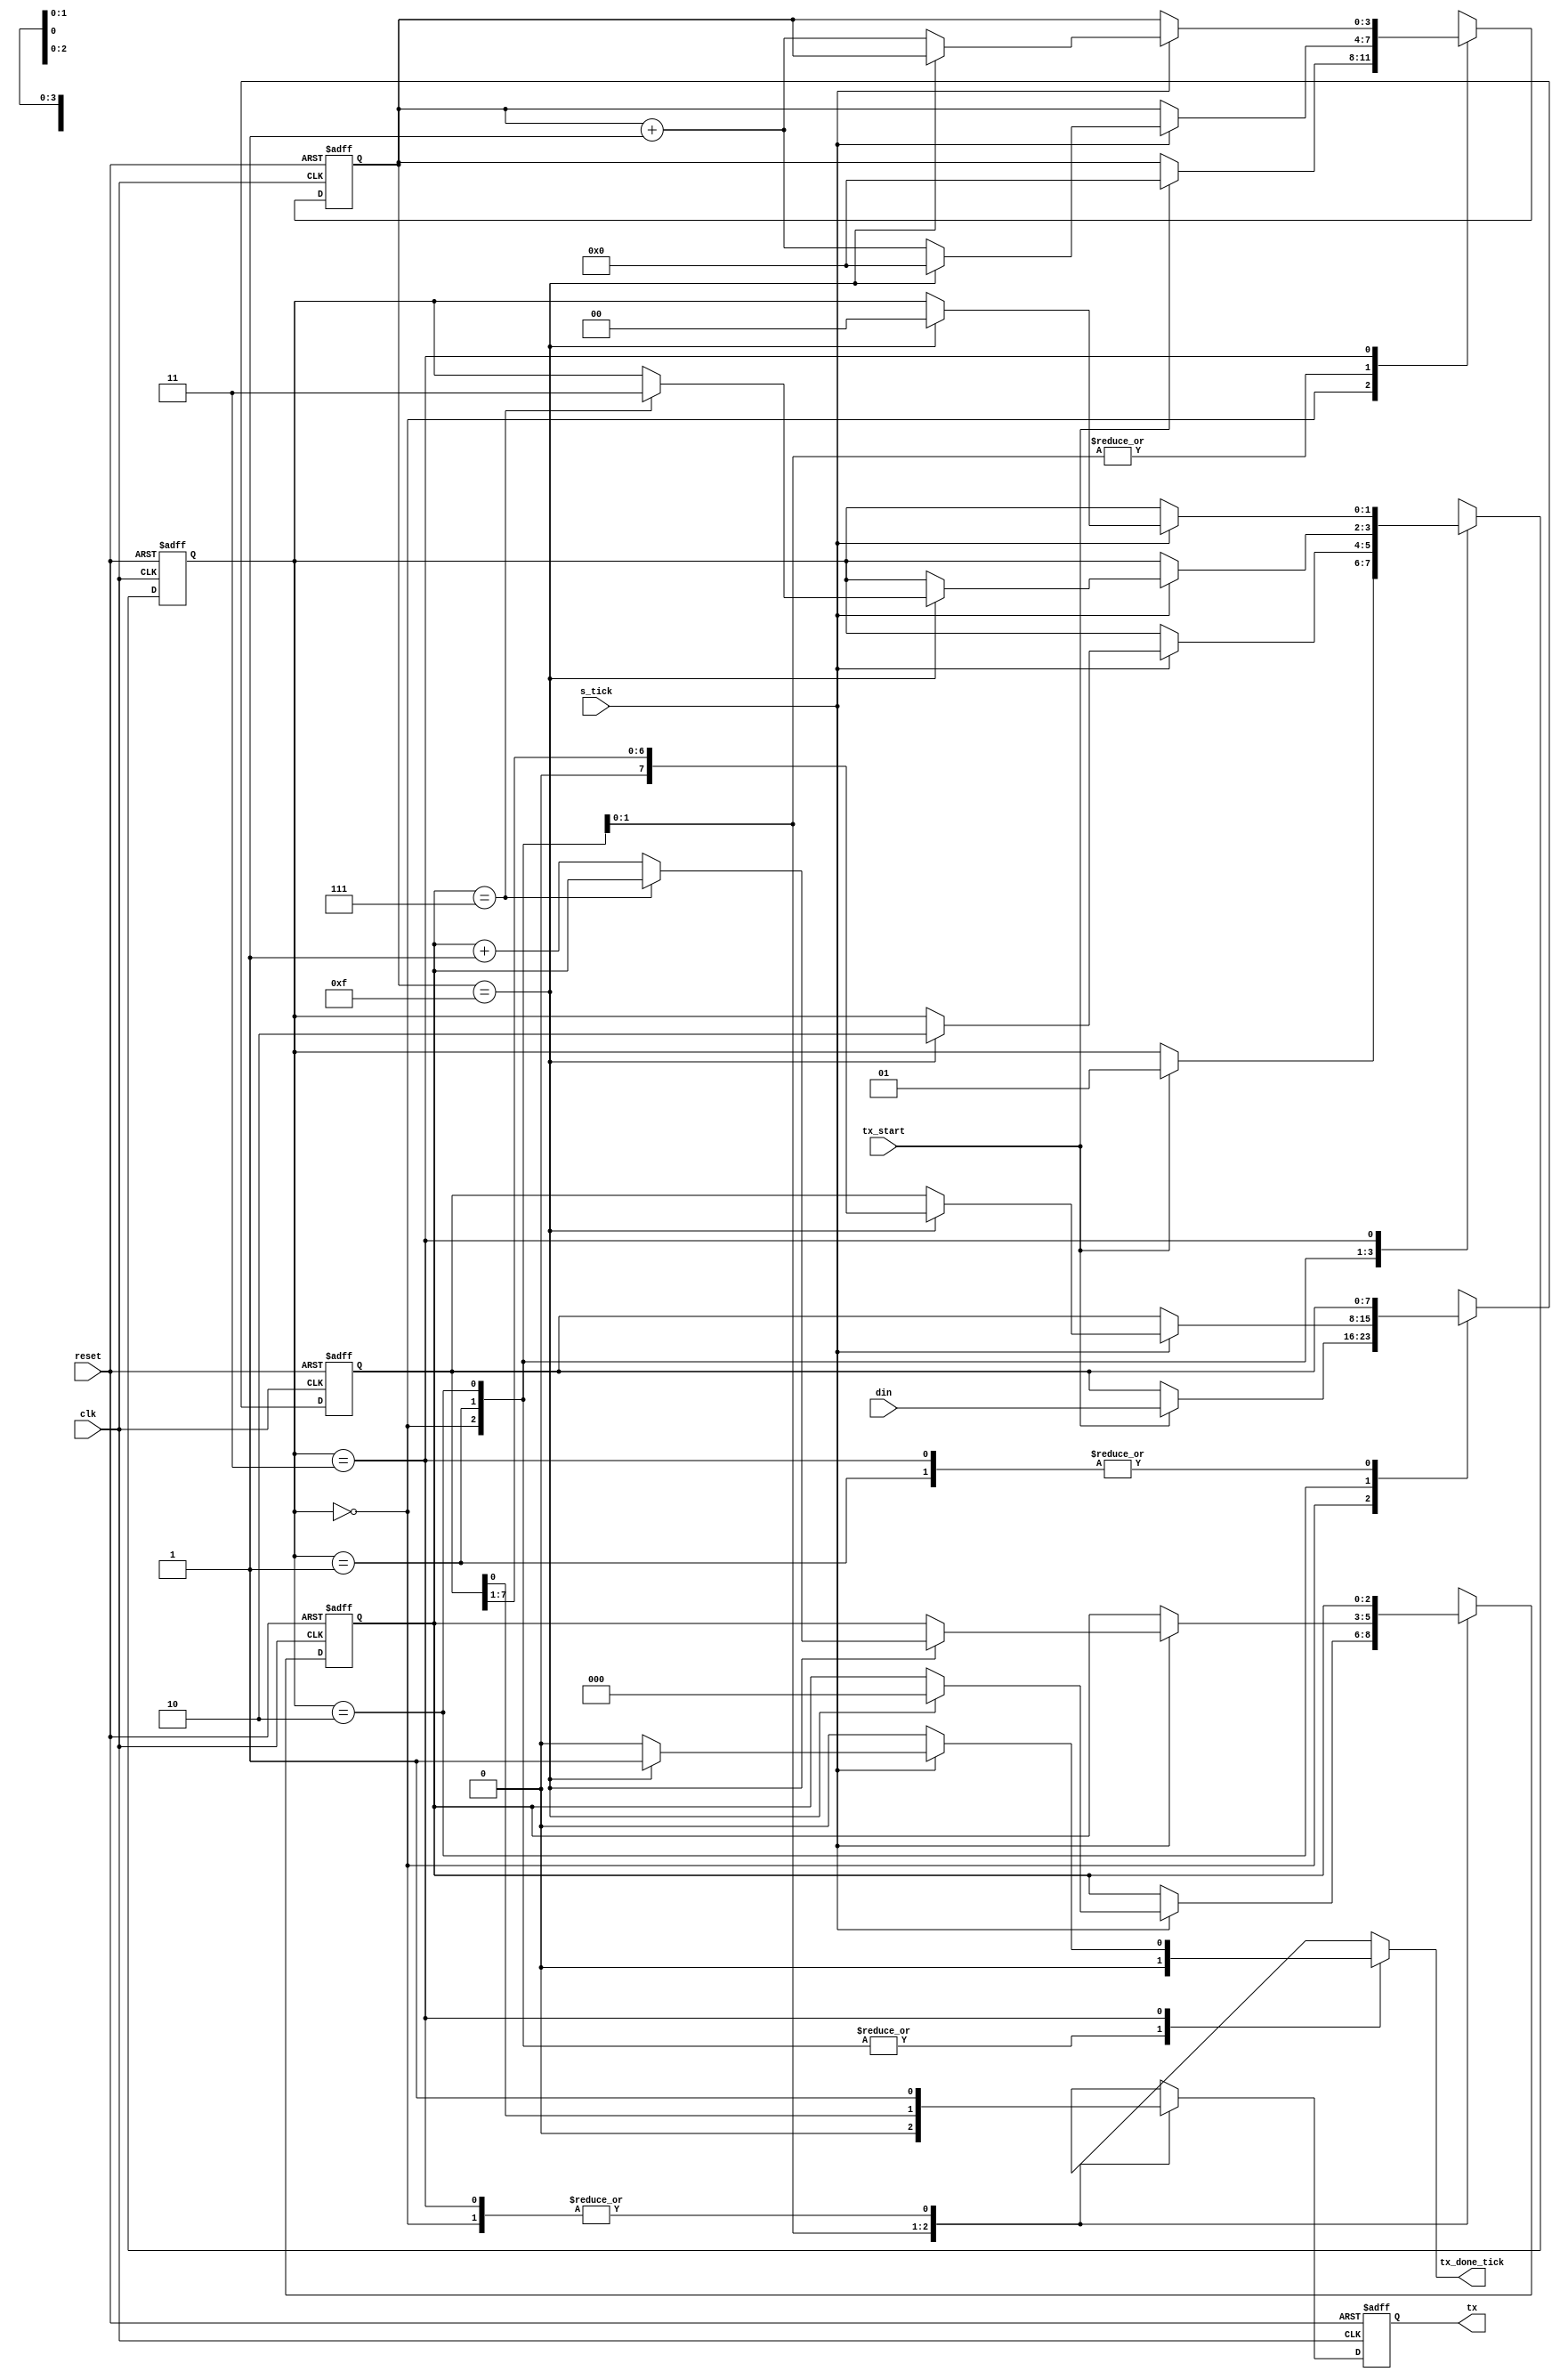
//---------------------------------------------------------------------------
// SharkBoad ExampleModule
// Josnelihurt Rodriguez - Fredy Segura Q.
// josnelihurt@gmail.com
// Top Level Design for the Xilinx Spartan 3-100E Device
//---------------------------------------------------------------------------

/*#
# SharkBoad
# Copyright (C) 2012 Bogot, Colombia
#
# This program is free software: you can redistribute it and/or modify
# it under the terms of the GNU General Public License as published by
# the Free Software Foundation, version 3 of the License.
#
# This program is distributed in the hope that it will be useful,
# but WITHOUT ANY WARRANTY; without even the implied warranty of
# MERCHANTABILITY or FITNESS FOR A PARTICULAR PURPOSE.  See the
# GNU General Public License for more details.
#
# You should have received a copy of the GNU General Public License
# along with this program.  If not, see <http://www.gnu.org/licenses/>.
#*/

/*
  _________.__                  __   __________                       .___
 /   _____/|  |__ _____ _______|  | _\______   \ _________ _______  __| _/
 \_____  \ |  |  \\__  \\_  __ \  |/ /|    |  _//  _ \__  \\_  __ \/ __ | 
 /        \|   Y  \/ __ \|  | \/    < |    |   (  <_> ) __ \|  | \/ /_/ | 
/_______  /|___|  (____  /__|  |__|_ \|______  /\____(____  /__|  \____ | 
        \/      \/     \/           \/       \/           \/           \/ 

*/


//Listing 8.3
module uart_tx
   #(
     parameter DBIT = 8,     // # data bits
               SB_TICK = 16  // # ticks for stop bits
   )
   (
    input wire clk, reset,
    input wire tx_start, s_tick,
    input wire [7:0] din,
    output reg tx_done_tick,
    output wire tx
   );

   // symbolic state declaration
   localparam [1:0]
      idle  = 2'b00,
      start = 2'b01,
      data  = 2'b10,
      stop  = 2'b11;

   // signal declaration
   reg [1:0] state_reg, state_next;
   reg [3:0] s_reg, s_next;
   reg [2:0] n_reg, n_next;
   reg [7:0] b_reg, b_next;
   reg tx_reg, tx_next;

   // body
   // FSMD state & data registers
   always @(posedge clk, posedge reset)
      if (reset)
         begin
            state_reg <= idle;
            s_reg <= 0;
            n_reg <= 0;
            b_reg <= 0;
            tx_reg <= 1'b1;
         end
      else
         begin
            state_reg <= state_next;
            s_reg <= s_next;
            n_reg <= n_next;
            b_reg <= b_next;
            tx_reg <= tx_next;
         end

   // FSMD next-state logic & functional units
   always @*
   begin
      state_next = state_reg;
      tx_done_tick = 1'b0;
      s_next = s_reg;
      n_next = n_reg;
      b_next = b_reg;
      tx_next = tx_reg ;
      case (state_reg)
         idle:
            begin
               tx_next = 1'b1;
               if (tx_start)
                  begin
                     state_next = start;
                     s_next = 0;
                     b_next = din;
                  end
            end
         start:
            begin
               tx_next = 1'b0;
               if (s_tick)
                  if (s_reg==15)
                     begin
                        state_next = data;
                        s_next = 0;
                        n_next = 0;
                     end
                  else
                     s_next = s_reg + 1;
            end
         data:
            begin
               tx_next = b_reg[0];
               if (s_tick)
                  if (s_reg==15)
                     begin
                        s_next = 0;
                        b_next = b_reg >> 1;
                        if (n_reg==(DBIT-1))
                           state_next = stop ;
                        else
                           n_next = n_reg + 1;
                     end
                  else
                     s_next = s_reg + 1;
            end
         stop:
            begin
               tx_next = 1'b1;
               if (s_tick)
                  if (s_reg==(SB_TICK-1))
                     begin
                        state_next = idle;
                        tx_done_tick = 1'b1;
                     end
                  else
                     s_next = s_reg + 1;
            end
      endcase
   end
   // output
   assign tx = tx_reg;

endmodule